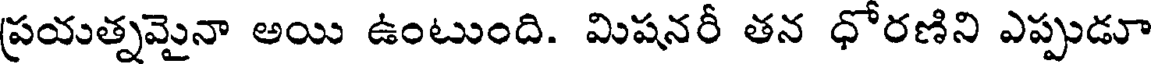
ప్రయత్నమైనా అయి ఉంటుంది. మిషనరీ తన ధోరణిని ఎప్పుడూ